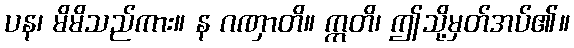
ပန၊ မိမိသည်ကား။ န ဂဏှာတိ။ ဣတိ၊ ဤသို့မှတ်အပ်၏။